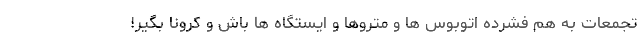
تجمعات به هم فشرده اتوبوس ها و متروها و ایستگاه ها باش و کرونا بگیر!